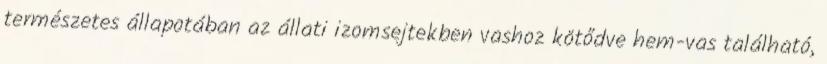
természetes állapotában az állati izomsejtekben vashoz kötődve hem-vas található,